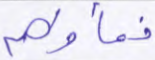
فمأواهم